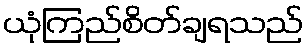
ယုံကြည်စိတ်ချရသည်